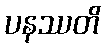
ပနဿတိ